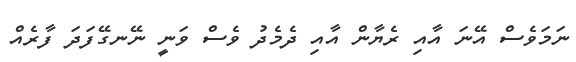
ނަމަވެސް އޭނަ އާއި ރެޔާން އާއި ދެމެދު ވެސް ވަނީ ނޭނގޭފަދަ ފާރެއް